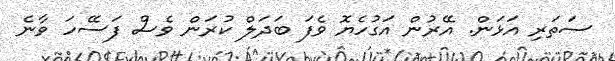
ސަތަރި އަޅަން. އޭރުން އަގުހެޔޮ ވެފަ ބަދަލް ކުރަން ވެސް ފަސޭހަ ވާނެ